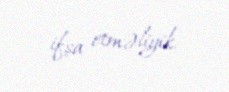
ifşa etməliyik.